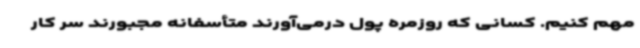
مهم کنیم. کسانی که روزمره پول درمی‌آورند متأسفانه مجبورند سر کار